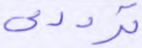
ترددي